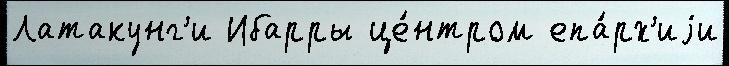
Латакунг'и Ибарры це́нтром епа́рх'иjи